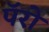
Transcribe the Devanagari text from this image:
पॅरो